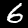
Digit: 6